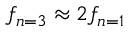
f _ { n = 3 } \approx 2 f _ { n = 1 }